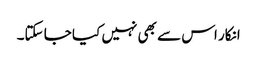
انکار اس سے بھی نہیں کیا جا سکتا۔